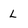
Character: l